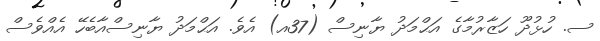
ސ. ހުޅުދޫ ހަޒާރުމާގެ އަޙްމަދު ޔާނިސް (37އ) އެވެ. އަޙްމަދު ޔާނިސްއާބެހޭ އެއްވެސް